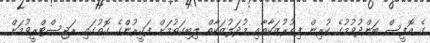
ގެ އޮފީސް ބަންދުވުމުގެ ކުރިން ފިތުރުޒަކާތާއި މުދަލުޒަކާތް ލިބިގަތުމަށް ފަޤީރުންގެ ގޮތުގައި ރަޖިސްޓްރީވުމަށް